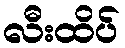
လီးထိပ်